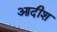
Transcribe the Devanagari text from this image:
आदीश